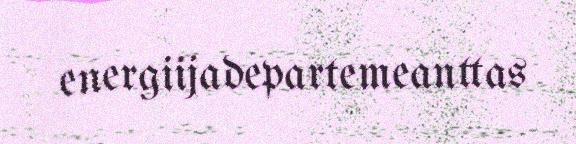
energiijadepartemeanttas